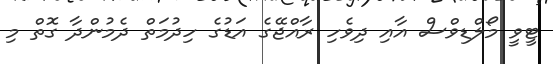
ޓީވީ މޯލްޑިވްސް އާއި ދިވެހި ރާއްޖޭގެ އަޑުގެ ހިދުމަތް ދެމުންދާ ގޮތް މި